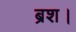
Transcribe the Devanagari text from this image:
ब्रश।